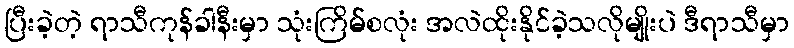
ပြီးခဲ့တဲ့ ရာသီကုန်ခါနီးမှာ သုံးကြိမ်စလုံး အလဲထိုးနိုင်ခဲ့သလိုမျိုးပဲ ဒီရာသီမှာ